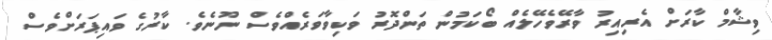
ވިޝާމް ކާރަށް އެރިއިރު ވާރޭވެހޭލެއް ބޯކަމުން ތަންދޮރު ވަކިވާވަރެއްވެސް ނޫނެވެ. ކާރުގެ ވައިޕަރަށްވެސް